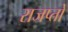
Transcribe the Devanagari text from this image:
राजप्तों